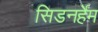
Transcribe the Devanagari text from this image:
सिडनर्हेम